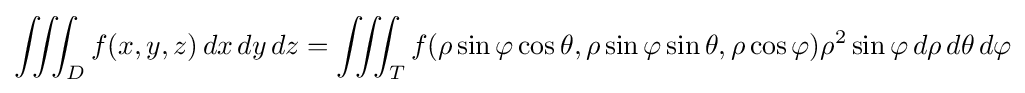
\iiint _{D}f(x,y,z)\,dx\,dy\,dz=\iiint _{T}f(\rho \sin \varphi \cos \theta ,\rho \sin \varphi \sin \theta ,\rho \cos \varphi )\rho ^{2}\sin \varphi \,d\rho \,d\theta \,d\varphi